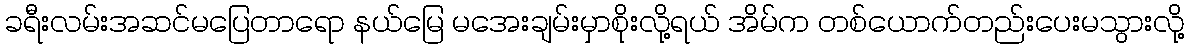
ခရီးလမ်းအဆင်မပြေတာရော နယ်မြေ မအေးချမ်းမှာစိုးလို့ရယ် အိမ်က တစ်ယောက်တည်းပေးမသွားလို့